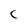
Character: c